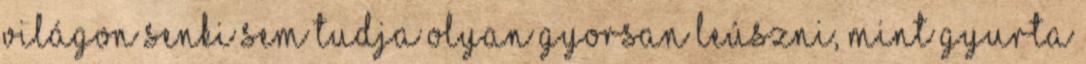
világon senki sem tudja olyan gyorsan leúszni, mint Gyurta